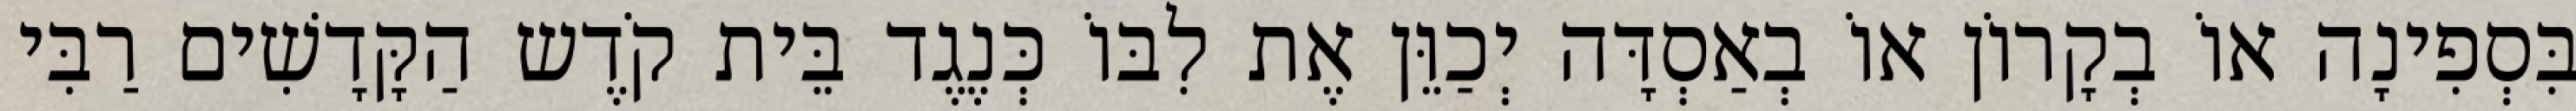
בִּסְפִינָה אוֹ בְקָרוֹן אוֹ בְאַסְדָּה יְכַוֵּן אֶת לִבּוֹ כְּנֶגֶד בֵּית קֹדֶש הַקָּדָשִׁים רַבִּי